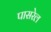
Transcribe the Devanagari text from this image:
पासरेल